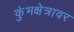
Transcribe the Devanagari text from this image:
कुंभक्षेत्रावर